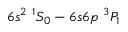
6 s ^ { 2 } ~ ^ { 1 } S _ { 0 } - 6 s 6 p ~ ^ { 3 } P _ { 1 }